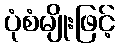
ပုံစံမျိုးဖြင့်